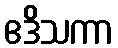
ဧဒိသကာ